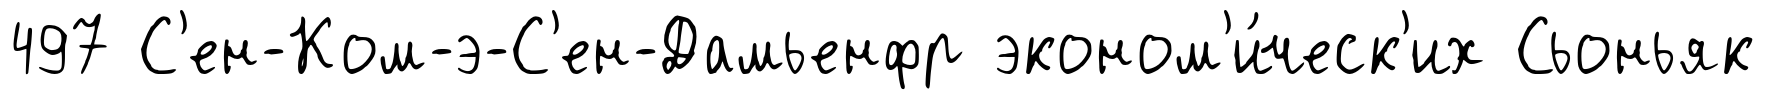
497 С'ен-Ком-э-С'ен-Дамьенфр эконом'и́ческ'их Сьоньяк